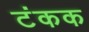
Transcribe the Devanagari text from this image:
टंकक